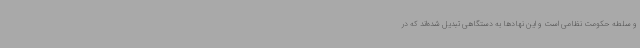
و سلطه حکومت نظامی است و این نهادها به دستگاهی تبدیل شده‌اند که در